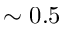
\sim 0 . 5